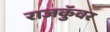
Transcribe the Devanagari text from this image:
राजकुॅवर